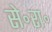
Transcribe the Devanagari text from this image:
से॰रा॰